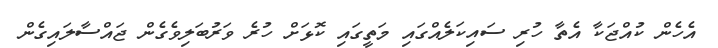
އެހެން ކުއްޖަކާ އެތާ ހުރި ސައިކަލެއްގައި މަތީގައި ކޮޅަށް ހުރެ ވަރުބަލިވެގެން ޖައްސާލައިގެން